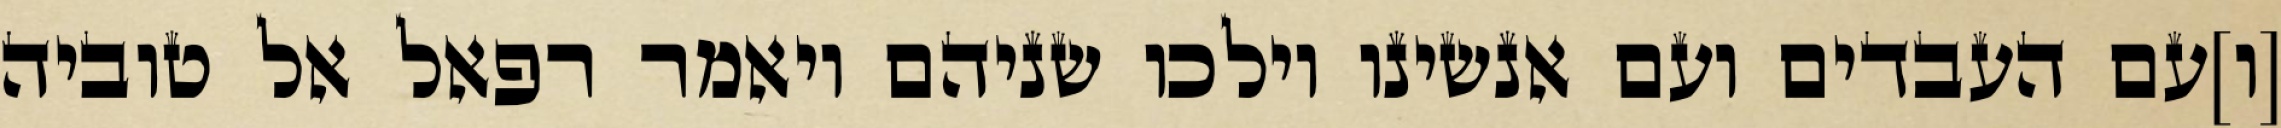
[ו]עם העבדים ועם אנשינו וילכו שניהם ויאמר רפאל אל טוביה